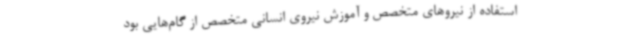
استفاده از نیروهای متخصص و آموزش نیروی انسانی متخصص از گام‌هایی بود